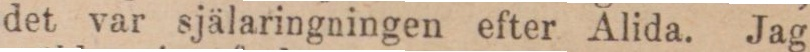
det var själaringningen efter Alida. Jag